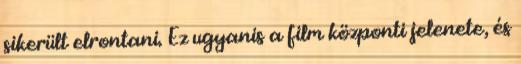
sikerült elrontani. Ez ugyanis a film központi jelenete, és